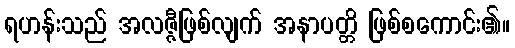
ရဟန်းသည် အလဇ္ဇီဖြစ်လျက် အနာပတ္တိ ဖြစ်စကောင်း၏။